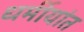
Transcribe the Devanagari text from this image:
धर्मीयांत